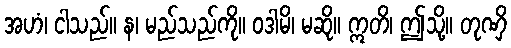
အဟံ၊ ငါသည်။ န၊ မည်သည်ကို။ ဝဒါမိ၊ မဆို။ ဣတိ၊ ဤသို့။ တုဏှိ